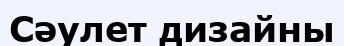
Сәулет дизайны